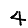
Digit: 4